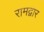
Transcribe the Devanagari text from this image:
रामद्वार